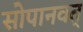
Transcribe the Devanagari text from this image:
सोपानवत्‌